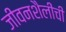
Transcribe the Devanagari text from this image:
जीवनशैलींची